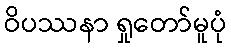
ဝိပဿနာ ရှုတော်မူပုံ